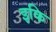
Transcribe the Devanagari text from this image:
इकि